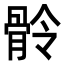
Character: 䯍